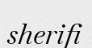
sherifi